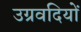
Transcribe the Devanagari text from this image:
उग्रवदियों